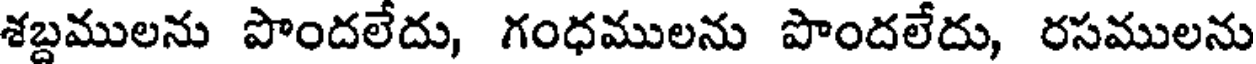
శబ్దములను పొందలేదు, గంధములను పొందలేదు, రసములను